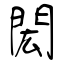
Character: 閎